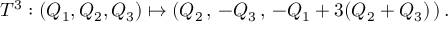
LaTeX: T ^ { 3 } : ( Q _ { 1 } , Q _ { 2 } , Q _ { 3 } ) \mapsto ( Q _ { 2 } \, , \, - Q _ { 3 } \, , \, - Q _ { 1 } + 3 ( Q _ { 2 } + Q _ { 3 } ) \, ) \, .